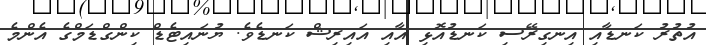
އުތުރު ކަނޑާއި އިނގިރޭސި ކަނޑުއޮޅި އާއި އައިރިޝް ކަނޑެވެ. ޔުނައިޓެޑް ކިންގްޑަމްގެ އެންމެ